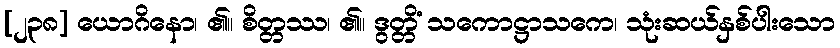
[၂၃၈] ယောဂိနော၊ ၏။ စိတ္တဿ၊ ၏။ ဒွတ္တိံ သကောဋ္ဌာသကေ၊ သုံးဆယ်နှစ်ပါးသော